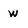
Character: w